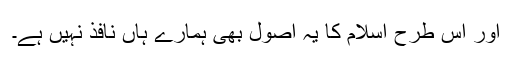
اور اس طرح اسلام کا یہ اصول بھی ہمارے ہاں نافذ نہیں ہے۔